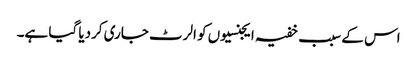
اس کے سبب خفیہ ایجنسیوں کو الرٹ جاری کردیا گیا ہے۔